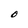
Character: O